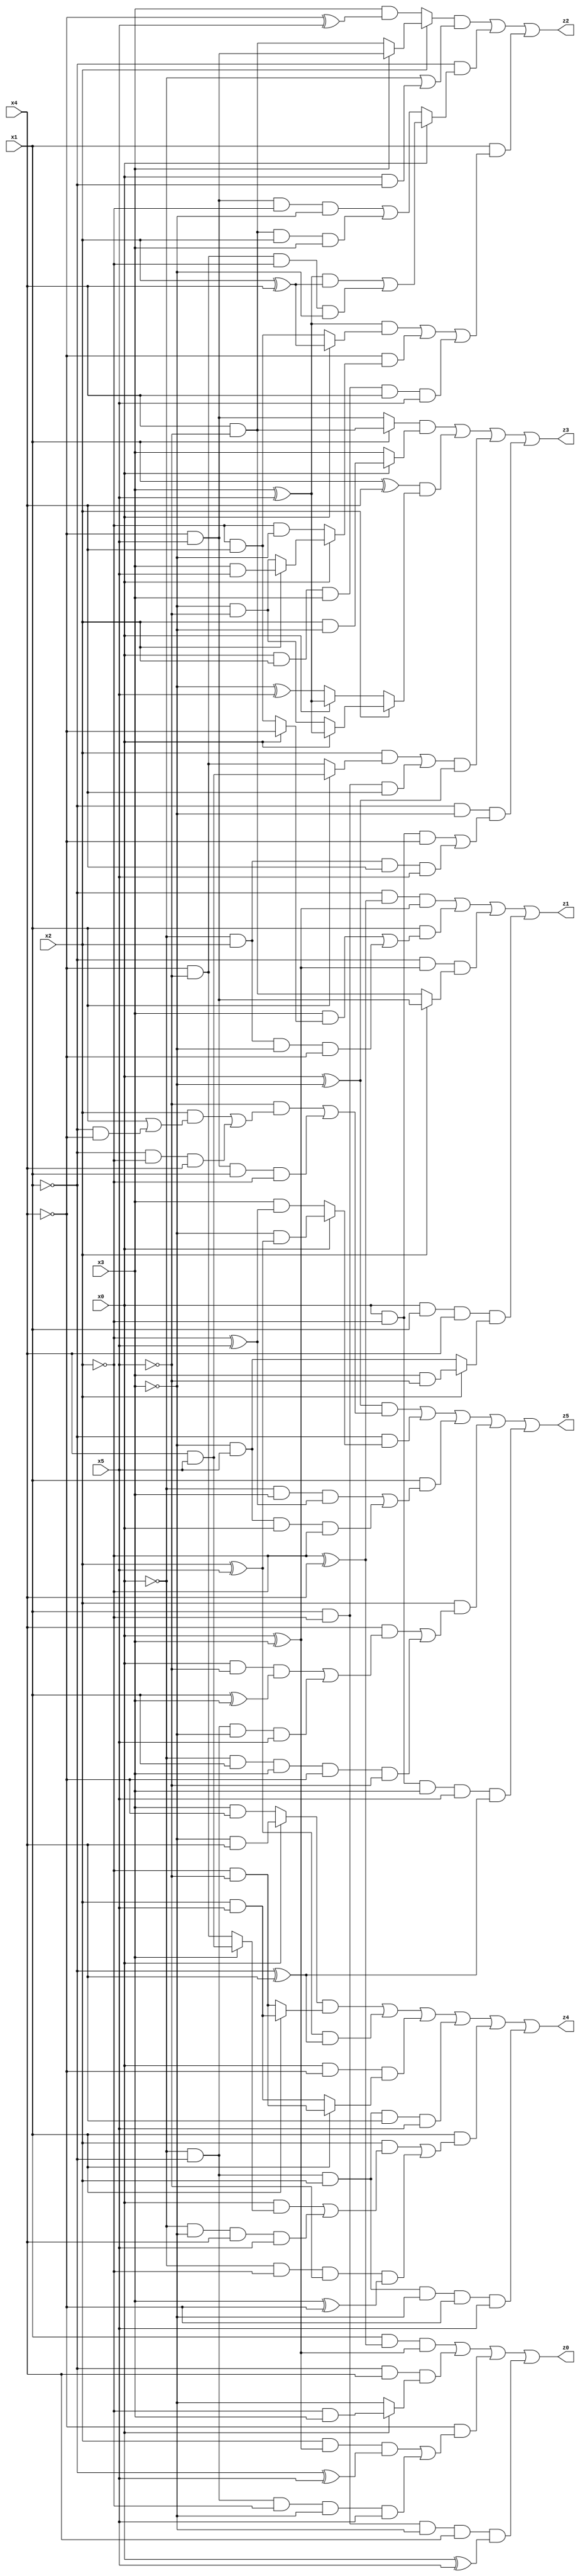
// Benchmark "X_60" written by ABC on Thu Jun 29 03:21:07 2023

module X_60 ( 
    x0, x1, x2, x3, x4, x5,
    z0, z1, z2, z3, z4, z5  );
  input  x0, x1, x2, x3, x4, x5;
  output z0, z1, z2, z3, z4, z5;
  assign z0 = (x1 & (~x2 ^ x4) & (x0 ^ x3)) | (~x1 & x4 & (x0 ? (~x2 & x3) : ~x3)) | (~x4 & ((x2 & (x0 ^ x3) & (~x1 ^ x5)) | (~x0 & ~x1 & ~x2 & ~x3 & x5))) | (x1 & ~x2 & ~x3 & x4 & (x0 ^ x5));
  assign z1 = (~x1 & (~x2 ^ x4) & (x0 ^ x3)) | (x1 & ((x3 & (x0 ? ~x4 : (~x2 & x4))) | (~x0 & x2 & ~x3 & ~x4))) | (~x1 & (x0 ^ x3) & (x2 ? (~x4 & x5) : (x4 & ~x5))) | (x0 & x1 & x4 & (x2 ? (x3 & ~x5) : (~x3 & x5)));
  assign z2 = ((x2 ? (x3 ? (~x4 & x5) : (x4 & ~x5)) : (x3 & (~x4 ^ x5))) & (~x0 | (x0 & ~x1))) | (~x1 & (x0 ? (((x3 ^ x5) & (x2 ^ x4)) | (~x4 & ~x5 & ~x2 & ~x3)) : ((~x4 & x5 & ~x2 & ~x3) | (x4 & ~x5 & x2 & x3)))) | (x1 & (((x3 ^ x5) & (x0 ? (x2 ^ x4) : (~x2 & x4))) | (~x4 & (x0 ? (x2 ? (x3 & x5) : (~x3 & ~x5)) : (~x2 & ~x3))) | (x0 & x2 & x3 & x4 & x5)));
  assign z3 = ((x1 ? (x4 & ~x5) : (~x4 & x5)) & (x0 ? (x2 & ~x3) : x3)) | ((x1 ^ x4) & (x2 ? (x0 ? (x3 ^ x5) : (~x3 & ~x5)) : (x0 ? (x3 ^ x5) : (~x3 ^ x5)))) | (((x2 & (x1 ? (x4 & x5) : (~x4 & ~x5))) | (x1 & ~x2 & x4)) & (x0 ^ ~x3)) | (~x1 & ~x3 & ((x0 & ~x2 & ~x4) | (~x0 & x2 & x4 & x5)));
  assign z4 = ((x0 ? (~x3 & x4) : (x3 & ~x4)) & (x1 ? (x2 & x5) : (~x2 & ~x5))) | ((x2 ^ x5) & (~x1 ^ x4)) | (x0 & ~x4 & (x1 ? (~x2 & ~x5) : (x2 & x5))) | (~x0 & ~x1 & x2 & x4 & x5) | (x1 & ((x2 & ((x0 & (x3 ? (x4 & x5) : (~x4 & ~x5))) | (~x0 & ~x3 & x4 & x5))) | (~x0 & ~x2 & ~x5 & (x3 ^ ~x4)))) | (~x0 & ~x1 & x2 & ~x3 & ~x4 & x5);
  assign z5 = ((x0 ^ ~x3) & ((~x5 & ((x2 & (x1 | (~x1 & ~x4))) | (~x1 & ~x2 & x4))) | (~x4 & x5 & x1 & ~x2))) | (~x1 & (x0 ? (~x3 & (x2 ^ x5)) : (x3 & (~x2 ^ x5)))) | (x1 & ((~x0 & x3 & (~x2 ^ x5)) | (~x3 & x5 & x0 & ~x2))) | (x2 & ((x4 & ((x0 & ~x5 & (x1 ^ x3)) | (~x0 & ~x1 & ~x3 & x5))) | (~x0 & x1 & x3 & ~x4 & ~x5))) | (x0 & ~x2 & x3 & x5 & (~x1 ^ x4));
endmodule